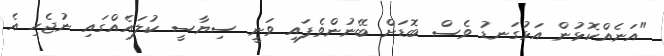
"އަނެއްކޮޅުން އަޅުގަނޑު ވެސް ބޮޑަށް ބޭނުންވެފައި ވަނީ ސިޔާސީ ކުލައެއްގައި ނުޖެހި އެ